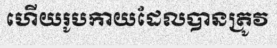
ហើយរូបកាយដែលបានត្រូវ